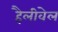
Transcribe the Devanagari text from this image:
हैलीवेल